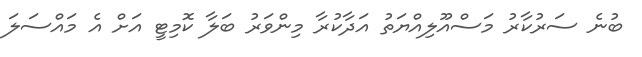
ބުނެ ސަރުކާރު މަސްއޫލިއްޔަތު އަދާކުރާ މިންވަރު ބަލާ ކޮމިޓީ އަށް އެ މައްސަލަ